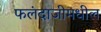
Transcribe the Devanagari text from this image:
फलंदाजीमधील